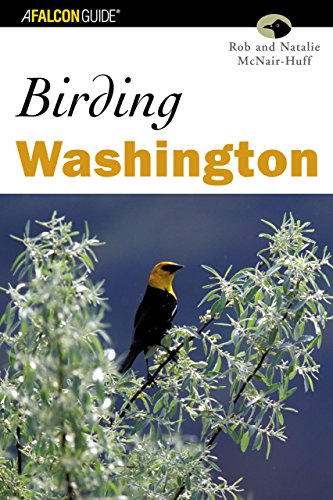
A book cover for Birding Washington (Birding Series); Natalie Mcnair-Huff; Travel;